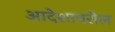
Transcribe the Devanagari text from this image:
आदेशावरील